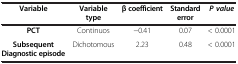
<table><thead><tr><td><b>Variable</b></td><td><b>Variable type</b></td><td><b>β coefficient</b></td><td><b>Standard error</b></td><td><b><i>P value</i></b></td></tr></thead><tbody><tr><td><b>PCT</b></td><td>Continuos</td><td>-0.41</td><td>0.07</td><td>&lt; 0.0001</td></tr><tr><td><b>Subsequent Diagnostic episode</b></td><td>Dichotomous</td><td>2.23</td><td>0.48</td><td>&lt; 0.0001</td></tr></tbody></table>